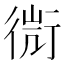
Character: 𧗬